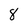
Character: 8